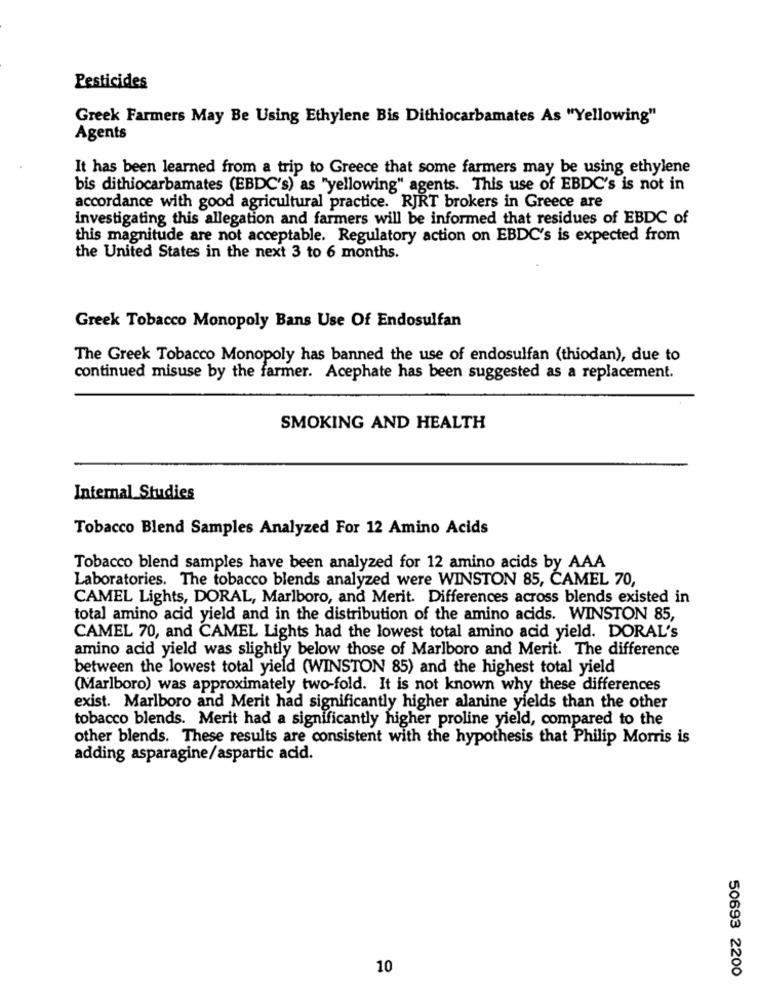
Pesticides
Greek Farmers May Be Using Ethylene Bis Dithiocarbamates As "Yellowing"
Agents
It has been learned from a trip to Greece that some farmers may be using ethylene
bis dithiocarbamates (EBDC's) as "yellowing" agents. This use of EBDC's is not in
accordance with good agricultural practice. RJRT brokers in Greece are
investigating this allegation and farmers will be informed that residues of EBDC of
this magnitude are not acceptable. Regulatory action on EBDC's is expected from
the United States in the next 3 to 6 months.
Greek Tobacco Monopoly Bans Use Of Endosulfan
The Greek Tobacco Monopoly has banned the use of endosulfan (thiodan), due to
continued misuse by the farmer. Acephate has been suggested as a replacement.
SMOKING AND HEALTH
Internal Studies
Tobacco Blend Samples Analyzed For 12 Amino Acids
Tobacco blend samples have been analyzed for 12 amino acids by AAA
Laboratories. The tobacco blends analyzed were WINSTON 85, CAMEL 70,
CAMEL Lights, DORAL, Marlboro, and Merit. Differences across blends existed in
total amino acid yield and in the distribution of the amino acids. WINSTON 85,
CAMEL 70, and CAMEL Lights had the lowest total amino acid yield. DORAL's
amino acid yield was slightly below those of Marlboro and Merit. The difference
between the lowest total yield (WINSTON 85) and the highest total yield
(Marlboro) was approximately two-fold. It is not known why these differences
exist. Marlboro and Merit had significantly higher alanine yields than the other
tobacco blends. Merit had a significantly higher proline yield, compared to the
other blends. These results are consistent with the hypothesis that Philip Morris is
adding asparagine/aspartic acid.
10
50693 2200